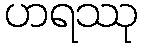
ဟရဿု